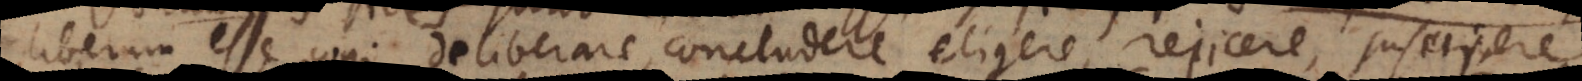
liberum esse, cogi, deliberare, concludere, eligere, rejicere, suscipere